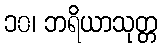
၁၀၊ ဘရိယာသုတ္တ